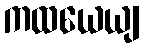
ကထယေယျ